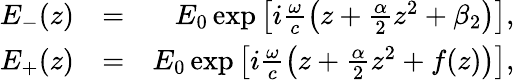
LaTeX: \begin{array}{rlr}{E_{-}(z)}&{=}&{E_{0}\exp\left[i\frac{\omega}{c}\left(z+\frac{\alpha}{2}z^{2}+\beta_{2}\right)\right],}\\ {E_{+}(z)}&{=}&{E_{0}\exp\left[i\frac{\omega}{c}\left(z+\frac{\alpha}{2}z^{2}+f(z)\right)\right],}\end{array}